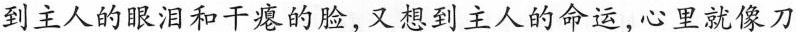
到主人的眼泪和干瘪的脸，又想到主人的命运，心里就像刀